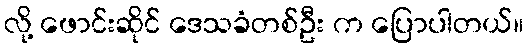
လို့ ဖောင်းဆိုင် ဒေသခံတစ်ဦး က ပြောပါတယ်။